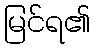
မြင်ရ၏